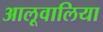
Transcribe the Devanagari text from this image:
आलूवालिया